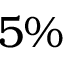
5 \%